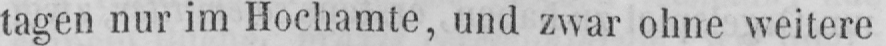
tagen nur im Hochamte, und zwar ohne weitere